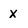
Character: x